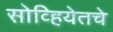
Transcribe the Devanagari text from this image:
सोव्हियेतचे